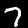
Digit: 7